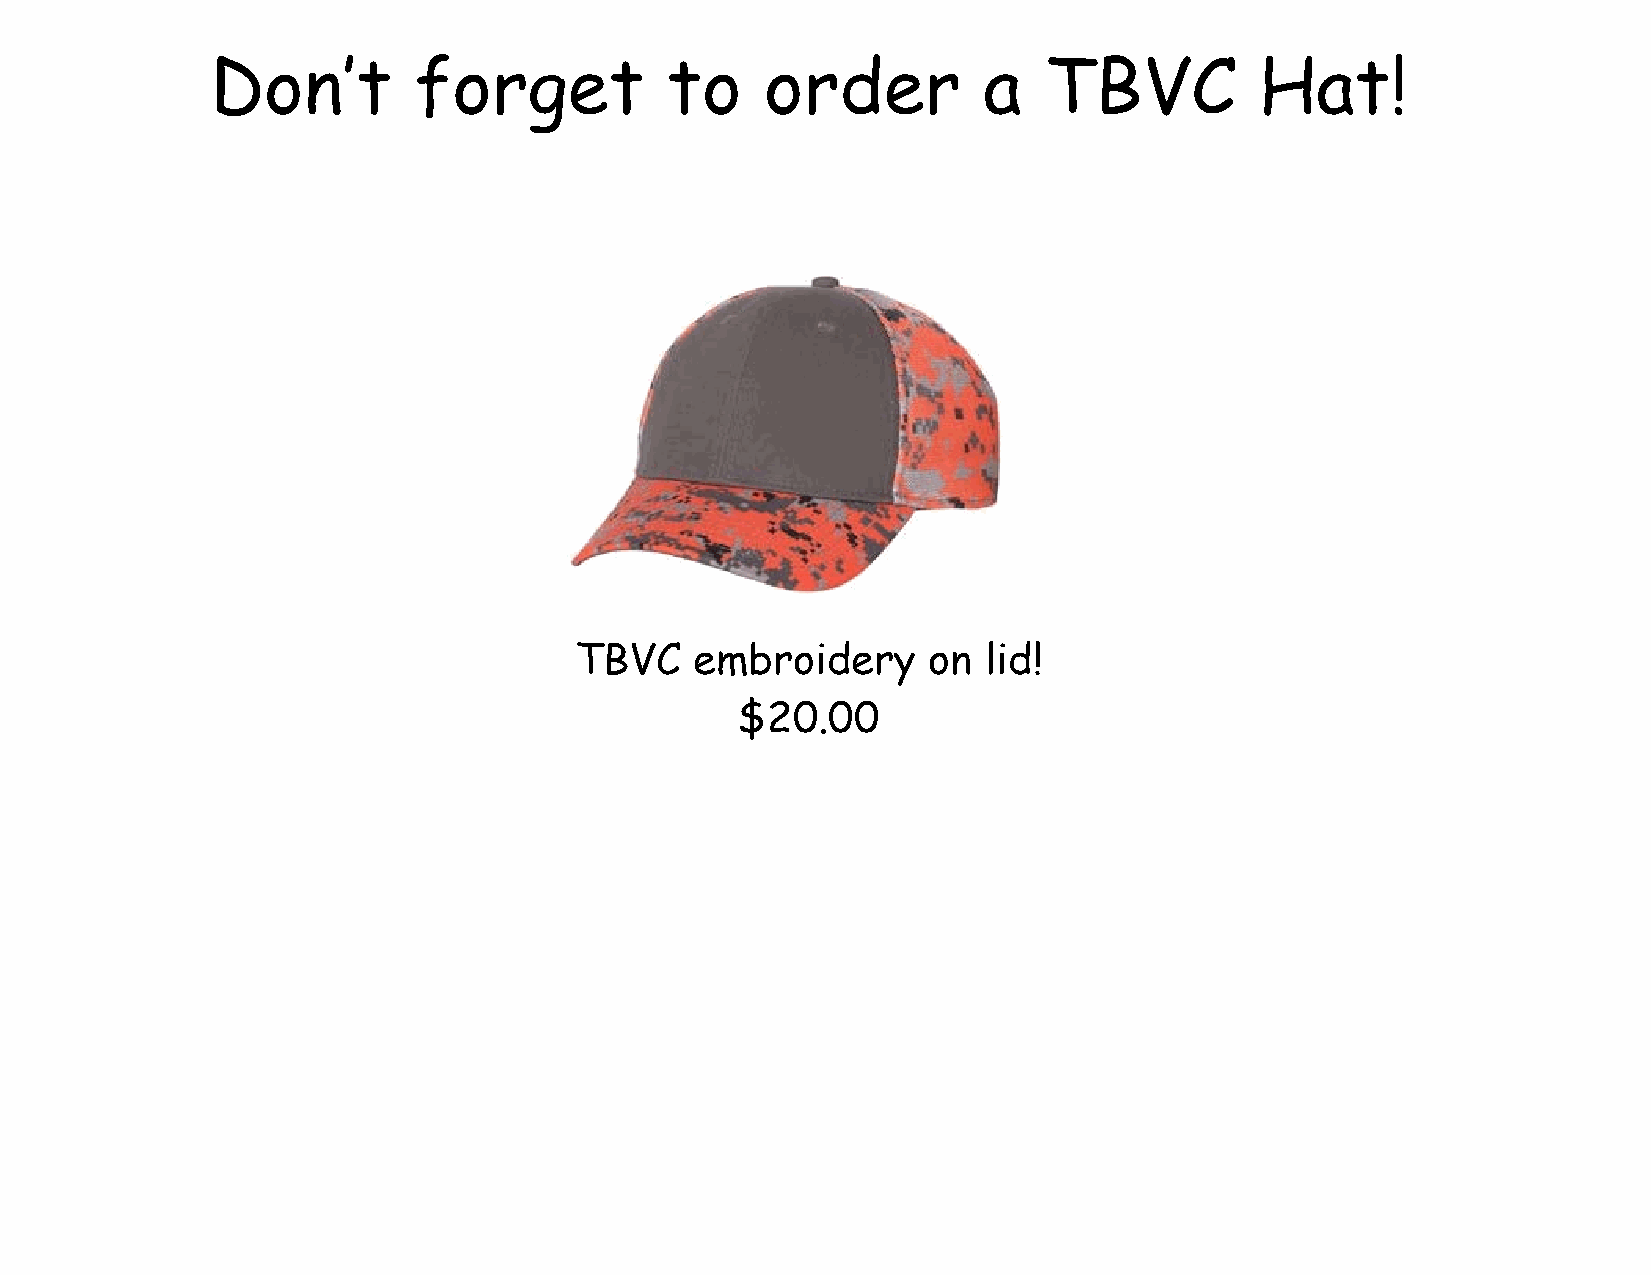
Don’t        forget           to     order         a   TBVC          Hat!
 TBVC    embroidery     on  lid!
 $20.00